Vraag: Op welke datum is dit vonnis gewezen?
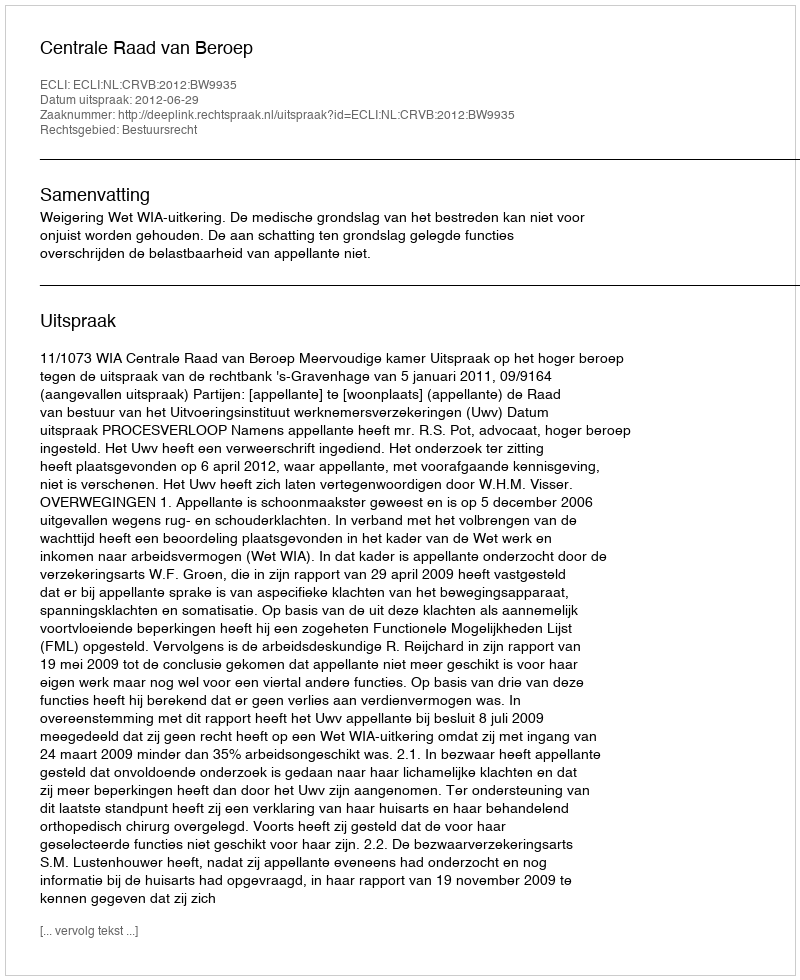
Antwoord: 2012-06-29